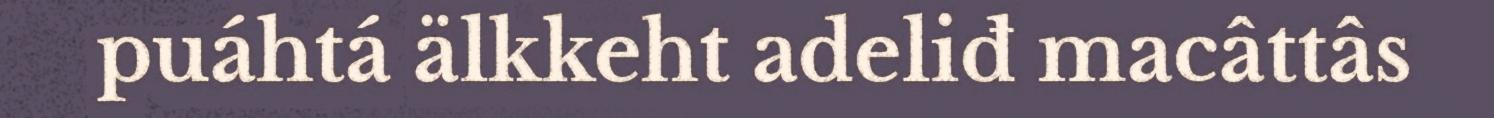
puáhtá älkkeht adeliđ macâttâs